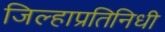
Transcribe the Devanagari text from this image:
जिल्हाप्रतिनिधी